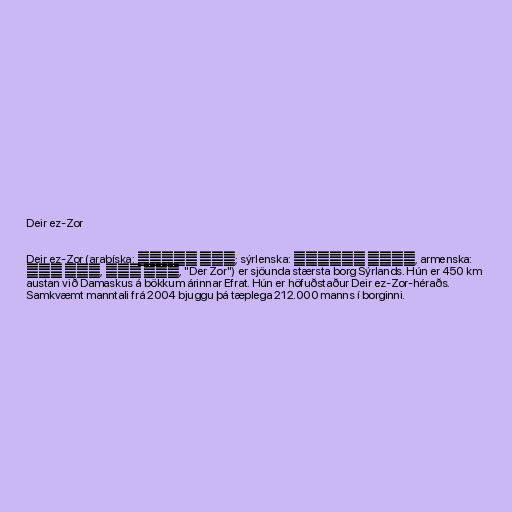
Deir ez-Zor

Deir ez-Zor (arabíska: دير الزور‎; sýrlenska: ܕܝܪܐ ܙܥܘܪܬܐ, armenska:
Տէր Զօր, Դեր Զոր, "Der Zor") er sjöunda stærsta borg Sýrlands. Hún er 450 km
austan við Damaskus á bökkum árinnar Efrat. Hún er höfuðstaður Deir ez-Zor-héraðs.
Samkvæmt manntali frá 2004 bjuggu þá tæplega 212.000 manns í borginni.